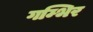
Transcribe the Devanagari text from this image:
गम्भिर